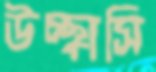
উচ্ছ্বাসি